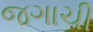
જગાચી